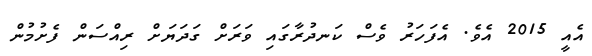
އެއީ 2015 އެވެ. އެފަހަރު ވެސް ކަނދުރާގައި ވަރަށް ގަދަޔަށް ރިއްސަން ފެށުމުން